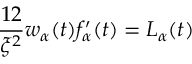
{ \frac { 1 2 } { \xi ^ { 2 } } } w _ { \alpha } ( t ) f _ { \alpha } ^ { \prime } ( t ) = L _ { \alpha } ( t )